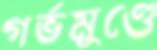
গর্ভমুণ্ডে